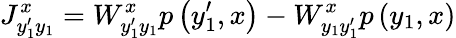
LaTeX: J_{y_{1}^{\prime}y_{1}}^{x}=W_{y_{1}^{\prime}y_{1}}^{x}p\left(y_{1}^{\prime},x\right)-W_{y_{1}y_{1}^{\prime}}^{x}p\left(y_{1},x\right)